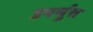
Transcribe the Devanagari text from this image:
उपर्युत्त